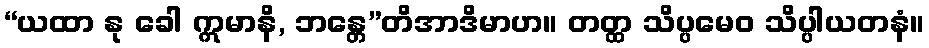
“ယထာ နု ခေါ ဣမာနိ, ဘန္တေ”တိအာဒိမာဟ။ တတ္ထ သိပ္ပမေဝ သိပ္ပါယတနံ။